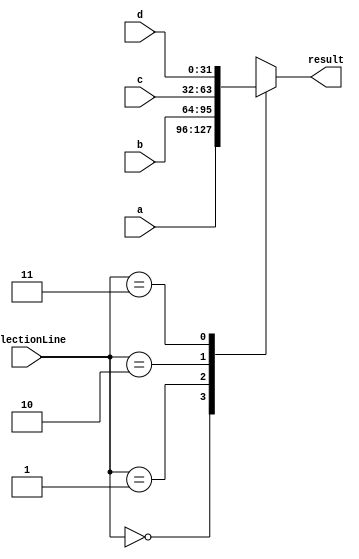
module mux4x1 (	  
  input wire [1:0] selectionLine, // selection line -> 2 bit
      input wire [31:0] a,
      input wire [31:0] b,
      input wire [31:0] c,
  	  input wire [31:0] d,
  output reg [31:0] result
    );
    
  always @*
        begin
            case(selectionLine)
            2'b00 : result = a;
            2'b01 : result = b;
            2'b10 : result = c; 
            2'b11 : result = d;  
            endcase
        end
    endmodule